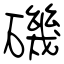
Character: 磯